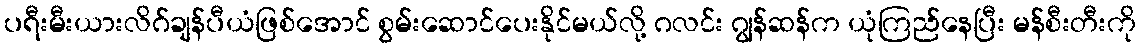
ပရီးမီးယားလိဂ်ချန်ပီယံဖြစ်အောင် စွမ်းဆောင်ပေးနိုင်မယ်လို့ ဂလင်း ဂျွန်ဆန်က ယုံကြည်နေပြီး မန်စီးတီးကို